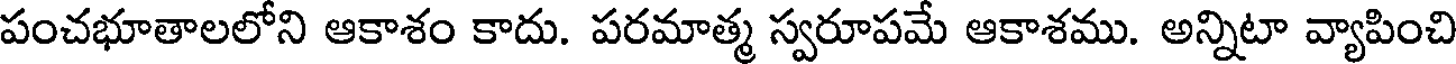
పంచభూతాలలోని ఆకాశం కాదు. పరమాత్మ స్వరూపమే ఆకాశము. అన్నిటా వ్యాపించి